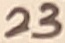
Text: 23